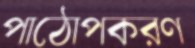
পাঠোপকরণ